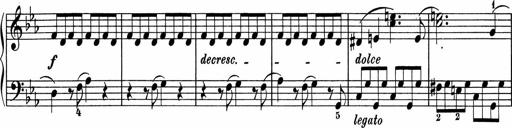
Title: 5 Sonatinen fÃ¼r die Jugend
Composer: Carl Reinecke